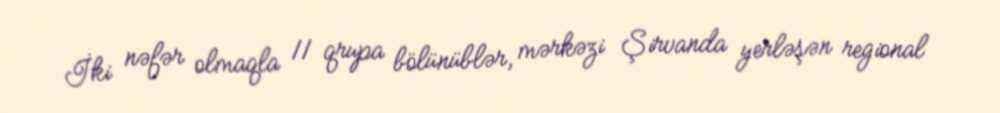
İki nəfər olmaqla 11 qrupa bölünüblər, mərkəzi Şirvanda yerləşən regional